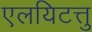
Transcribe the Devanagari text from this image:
एलयिटत्तु